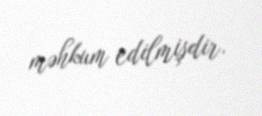
məhkum edilmişdir.